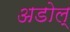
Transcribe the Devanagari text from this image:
अडोल्